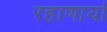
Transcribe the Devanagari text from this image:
रहाणार्या